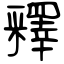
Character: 釋